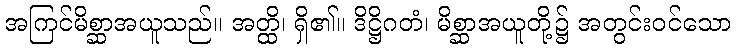
အကြင်မိစ္ဆာအယူသည်။ အတ္ထိ၊ ရှိ၏။ ဒိဋ္ဌိဂတံ၊ မိစ္ဆာအယူတို့၌ အတွင်းဝင်သော